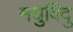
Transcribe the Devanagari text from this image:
मधुविंदु